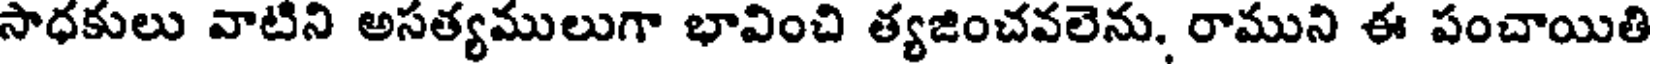
సాధకులు వాటిని అసత్యములుగా భావించి త్యజించవలెను, రాముని ఈ పంచాయితి